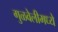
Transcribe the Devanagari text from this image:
गुळवेलीमध्ये